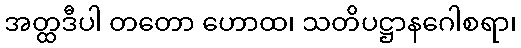
အတ္ထဒီပါ တတော ဟောထ၊ သတိပဋ္ဌာနဂေါစရာ၊